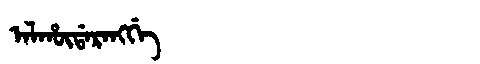
Manchu: ᠠᠯᡥᡡᡩᠠᡵᠠᠩᡤᡝ
Romanization: ALHŪDARANGGE